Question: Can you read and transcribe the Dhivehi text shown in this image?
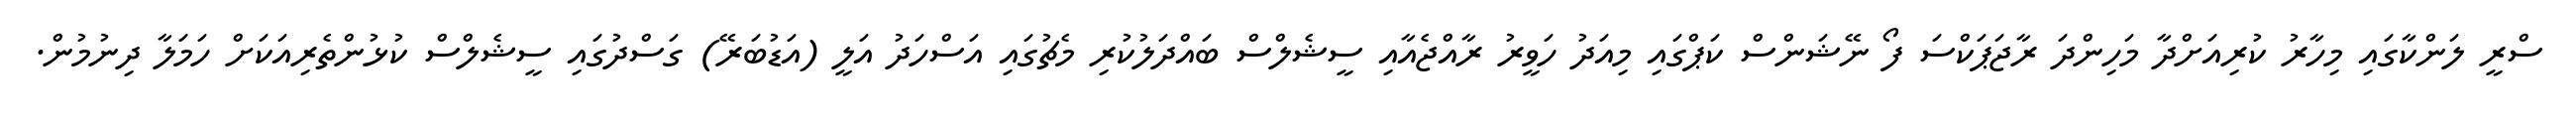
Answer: ސްރީ ލަންކާގައި މިހާރު ކުރިއަށްދާ މަހިންދަ ރާޖަޕަކްސަ ފޯ ނޭޝަންސް ކަޕްގައި މިއަދު ހަވީރު ރާއްޖެއާއި ސީޝެލްސް ބައްދަލުކުރި މެޗުގައި އަސްހަދު އަލީ (އަޑުބަރޭ) ގަސްދުގައި ސީޝެލްސް ކުޅުންތެރިއަކަށް ހަމަލާ ދިނުމުން.